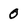
Character: 0